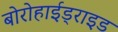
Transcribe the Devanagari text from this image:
बोरोहाईड्राइड